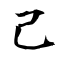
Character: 己